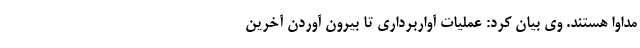
مداوا هستند. وی بیان کرد: عملیات آواربرداری تا بیرون آوردن آخرین